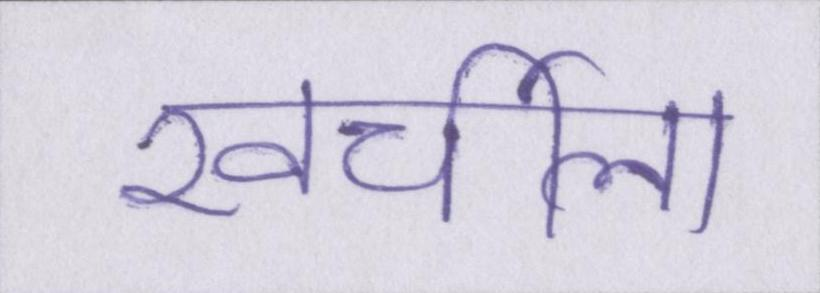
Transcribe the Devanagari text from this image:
खर्चीला